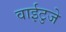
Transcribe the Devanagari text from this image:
वाईटुजे